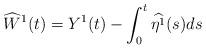
LaTeX: \begin{align*}\widehat{W}^1(t)=Y^1(t)-\int_0^t\widehat{\eta^1}(s)ds\end{align*}